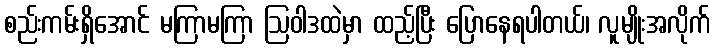
စည်းကမ်းရှိအောင် မကြာမကြာ ဩဝါဒထဲမှာ ထည့်ပြီး ပြောနေရပါတယ်၊ လူမျိုးအလိုက်